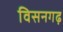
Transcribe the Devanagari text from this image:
विसनगढ़